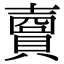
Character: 𧷗